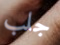
جلب